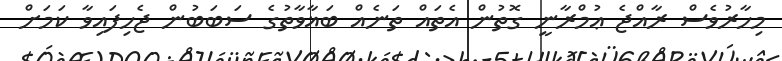
މިހާރުވެސް ރާއްޖެ ޢުމްރާނީ ގޮތުން އެތައް ތަނެއް ބަޣާވާތުގެ ސަބަބުން ޖެހިފައިވާ ކަމަށް